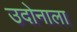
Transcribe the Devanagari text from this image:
उदोनाला